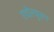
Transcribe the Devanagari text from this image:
एवोल्युसन